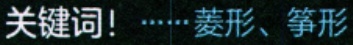
关键词！……菱形、筝形